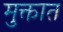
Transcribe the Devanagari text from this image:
मुक्तात